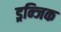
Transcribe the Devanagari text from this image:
ड्रन्जिक